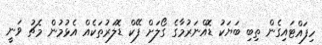
ހިފައްޓައިގެން ތިބި ބަޔަކު ޑޮއްނަރުމާގެ ގޯލަށް ފޭކް ޑޮލަރުތަކެއް އެޅުމުން މެޗު ވަނީ